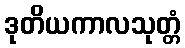
ဒုတိယကာလသုတ္တံ